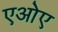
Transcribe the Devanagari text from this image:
एओए